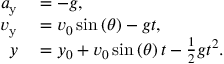
\begin{array} { r l } { a _ { \mathrm { y } } } & { { } = - g , } \\ { v _ { \mathrm { y } } } & { { } = v _ { 0 } \sin \left( \theta \right) - g t , } \\ { y } & { { } = y _ { 0 } + v _ { 0 } \sin \left( \theta \right) t - { \frac { 1 } { 2 } } g t ^ { 2 } . } \end{array}